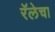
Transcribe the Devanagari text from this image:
रॅलेचा